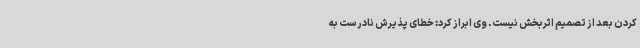
کردن بعد از تصمیم اثربخش نیست. وی ابراز کرد: خطای پذیرش نادرست به